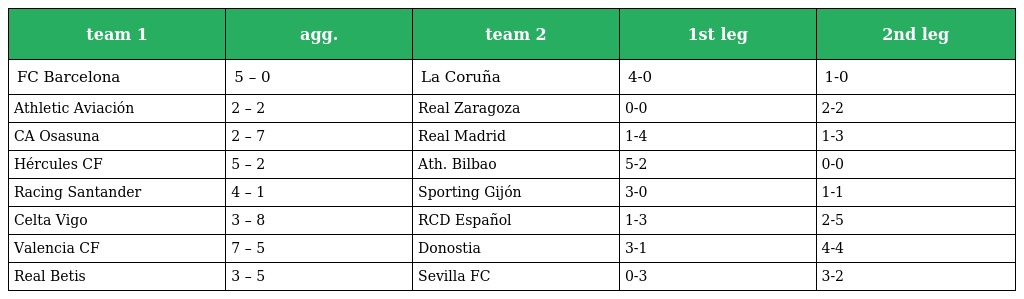
| team 1 | agg. | team 2 | 1st leg | 2nd leg |
 | --- | --- | --- | --- | --- |
 | FC Barcelona | 5 – 0 | La Coruña | 4-0 | 1-0 |
 | Athletic Aviación | 2 – 2 | Real Zaragoza | 0-0 | 2-2 |
 | CA Osasuna | 2 – 7 | Real Madrid | 1-4 | 1-3 |
 | Hércules CF | 5 – 2 | Ath. Bilbao | 5-2 | 0-0 |
 | Racing Santander | 4 – 1 | Sporting Gijón | 3-0 | 1-1 |
 | Celta Vigo | 3 – 8 | RCD Español | 1-3 | 2-5 |
 | Valencia CF | 7 – 5 | Donostia | 3-1 | 4-4 |
 | Real Betis | 3 – 5 | Sevilla FC | 0-3 | 3-2 |